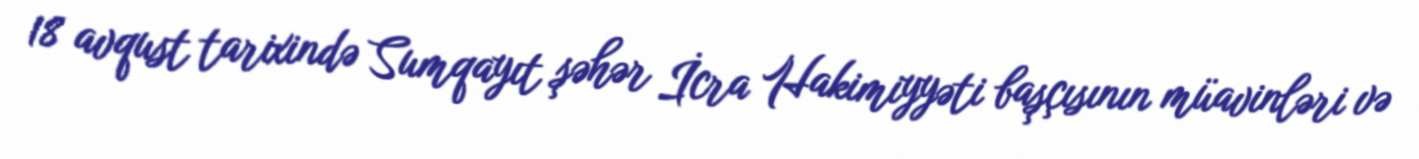
18 avqust tarixində Sumqayıt şəhər İcra Hakimiyyəti başçısının müavinləri və